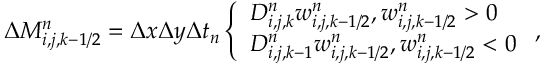
\begin{array} { r } { \Delta M _ { i , j , k - 1 / 2 } ^ { n } = \Delta x \Delta y \Delta t _ { n } \left\{ \begin{array} { l l } { D _ { i , j , k } ^ { n } w _ { i , j , k - 1 / 2 } ^ { n } , w _ { i , j , k - 1 / 2 } ^ { n } > 0 } \\ { D _ { i , j , k - 1 } ^ { n } w _ { i , j , k - 1 / 2 } ^ { n } , w _ { i , j , k - 1 / 2 } ^ { n } < 0 } \end{array} \right. , } \end{array}